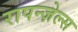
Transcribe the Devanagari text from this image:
रापन्ज़ेल्स